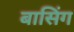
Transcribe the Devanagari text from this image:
बासिंग